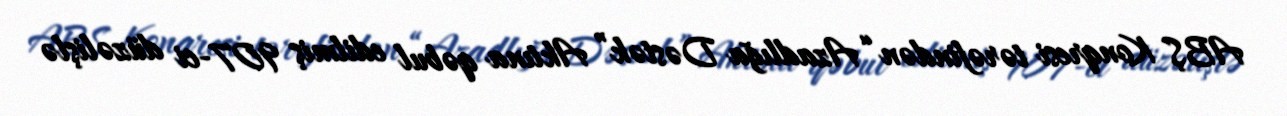
ABŞ Konqresi tərəfindən “Azadlığa Dəstək” Aktına qəbul edilmiş 907-ci düzəlişlə